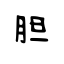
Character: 胆